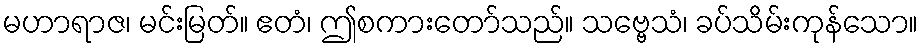
မဟာရာဇ၊ မင်းမြတ်။ ဧတံ၊ ဤစကားတော်သည်။ သဗ္ဗေသံ၊ ခပ်သိမ်းကုန်သော။